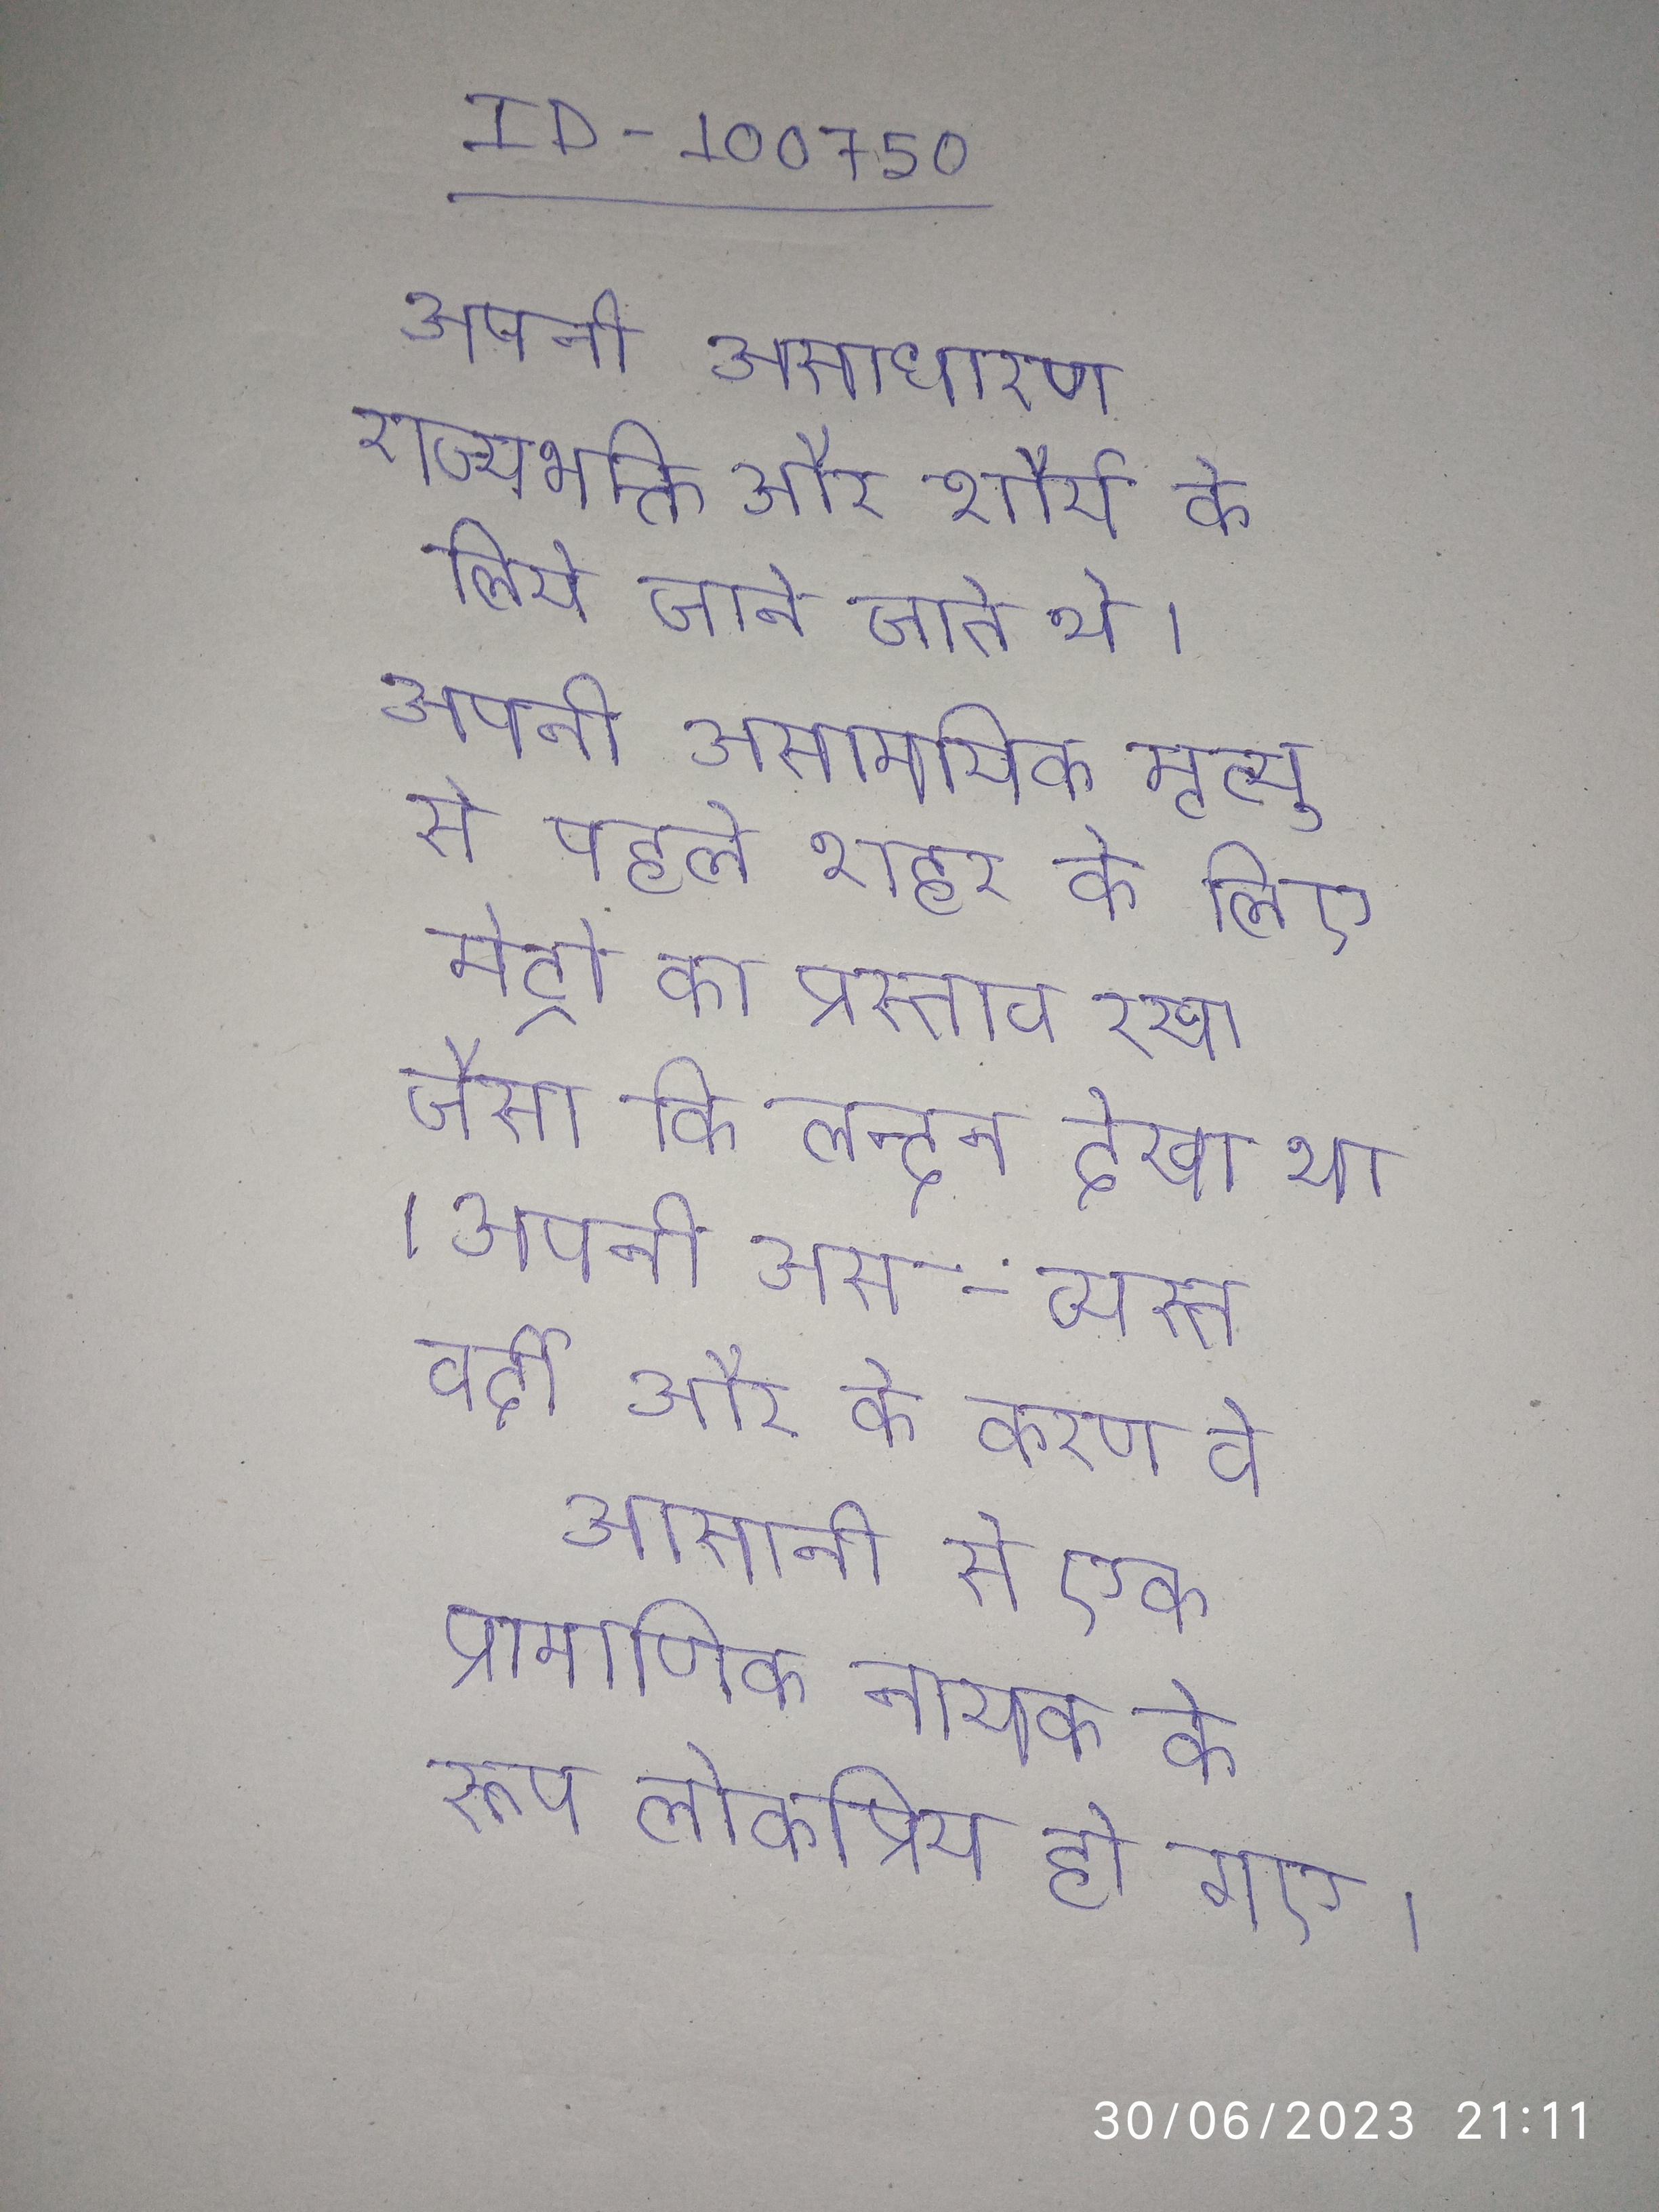
अपनी असाधारण राज्यभक्ति और शौर्य के लिये जाने जाते थे । अपनी असामयिक मृत्यु से पहले शहर के लिए मेट्रो का प्रस्ताव रखा जैसा कि लन्दन देखा था । अपनी अस्त-व्यस्त वर्दी और के करण वे आसानी से एक प्रामाणिक नायक के रूप लोकप्रिय हो गए ।